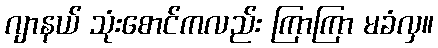
ဂျာနယ် သုံးစောင်ကလည်း ကြာကြာ မခံလှ။